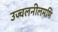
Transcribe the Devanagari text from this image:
उज्वलनीलमणि